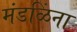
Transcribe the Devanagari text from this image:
मंडळिंना